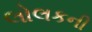
લોલકની